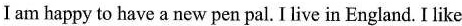
I am happy to have a new pen pal. I live in England. I like